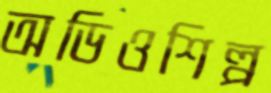
অডিওশিল্প